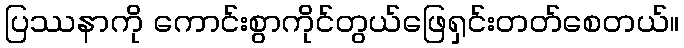
ပြဿနာကို ကောင်းစွာကိုင်တွယ်ဖြေရှင်းတတ်စေတယ်။